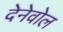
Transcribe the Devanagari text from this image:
देनेवोल